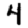
Digit: 4